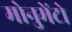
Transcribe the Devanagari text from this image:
मोनुमेंटो